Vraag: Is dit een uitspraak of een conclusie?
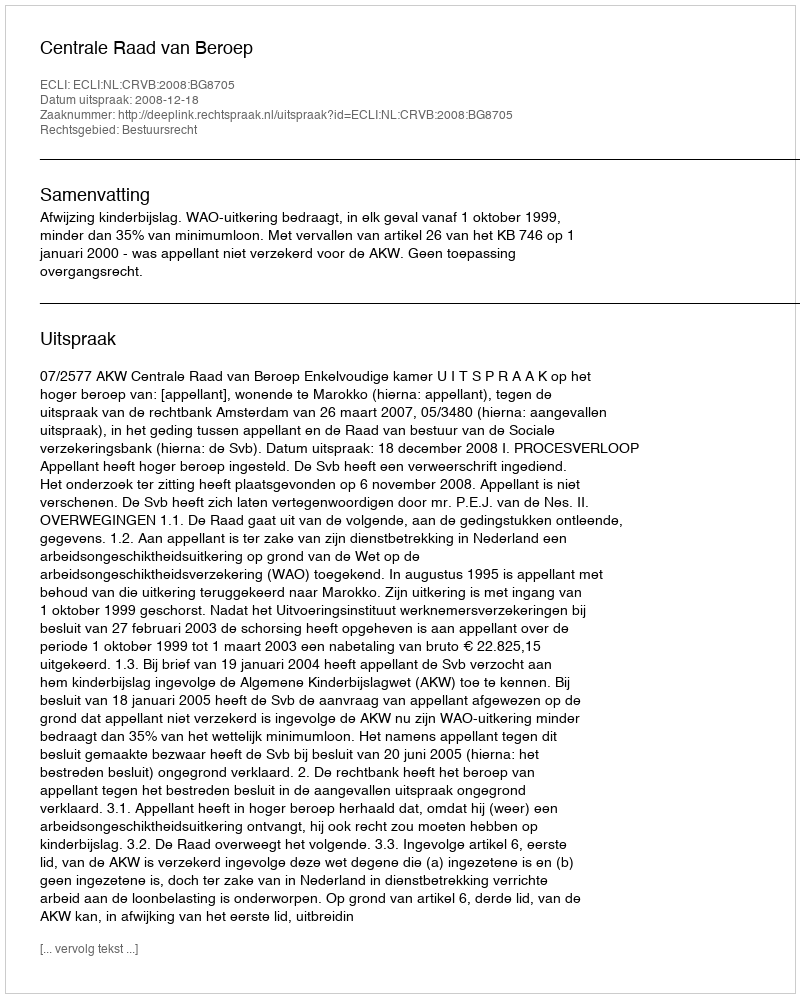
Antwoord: Uitspraak